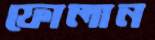
ফোলান